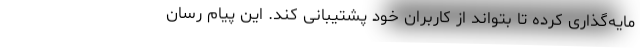
مایه‌گذاری کرده تا بتواند از کاربران خود پشتیبانی کند. این پیام رسان